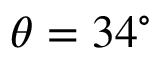
\theta = 3 4 ^ { \circ }